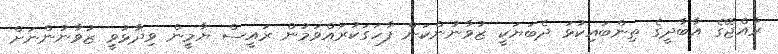
ރާއްޖޭގެ އާބާދީގެ ތިންބައިކުޅަ ދެބަޔަކީ ޒުވާނުންކަން ފާހަގަކުރައްވަމުން ރައީސް ޔާމީން ވިދާޅުވީ ޒުވާނުންނަށް